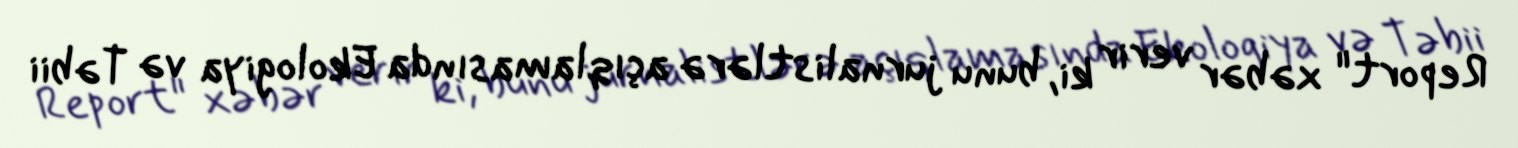
Report" xəbər verir ki, bunu jurnalistlərə açıqlamasında Ekologiya və Təbii